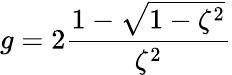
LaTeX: g=2\frac{1-\sqrt{1-\zeta^{2}}}{\zeta^{2}}